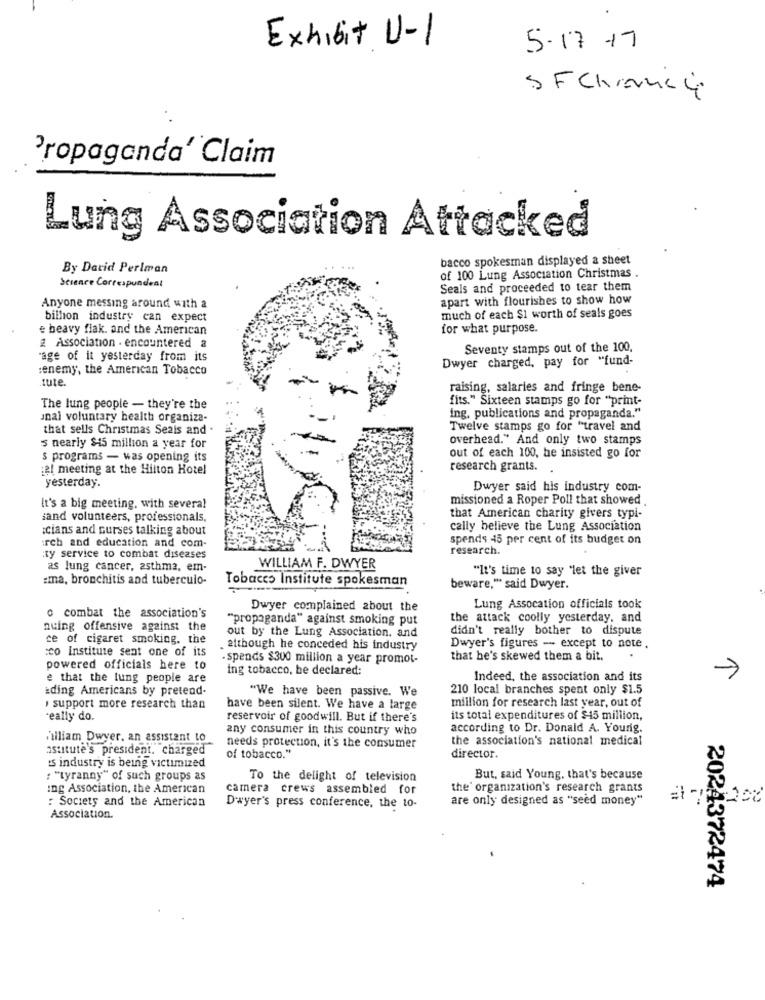
Exhibit U-1
5-17 17
SFChance
Propaganda' Claim
Lung Association Attacked
bacco spokesman displayed a sheet
By David Perlman
Science Correspondent
of 100 Lung Association Christmas .
Seals and proceeded to tear them
apart with flourishes to show how
Anyone messing around with a
bilhon industry can expect
much of each $1 worth of seals goes
e heavy flak. and the American
for what purpose.
2 Association . encountered a
Seventy stamps out of the 100.
"age of it yesterday from its
Dwyer charged, pay for "fund-
:enemy, the American Tobacco
tute.
raising, salaries and fringe bene-
fits." Sixteen stamps go for "print-
The lung people - they're the
Jnal voluntary health organiza-
ing, publications and propaganda."
that sells Christmas Seals and .
Twelve stamps go for "travel and
overhead." And only two stamps
s nearly $45 million a year for
s programs - was opening its
out of each 100, he insisted go for
:el meeting at the Hilton Hotel
research grants.
yesterday.
Dwyer said his industry com-
missioned a Roper Poll that showed
It's a big meeting, with several
iand volunteers, professionals,
that American charity givers typi-
Icians and curses talking about
cally believe the Lung Association
irch and education and com-
spends 45 per cent of its budget on
research.
ty service to combat diseases
as lung cancer, asthma, em-
WILLIAM F. DWYER
"It's time to say "let the giver
:ma, bronchitis and tuberculo-
Tobacco Institute spokesman
beware," said Dwyer.
Dwyer complained about the
Lung Assocation officials took
o combat the association's
"propaganda" against smoking put
the attack coolly yesterday, and
nuing offensive against the
out by the Lung Association. and
didn't really bother to dispute
ce of cigaret smoking, the
:co Institute sent one of its
. although he conceded his industry
Dwyer's figures - except to note.
- spends $300 million a year promot-
that he's skewed them a bit.
powered officials here to
ing tobacco, be declared:
->
e that the lung people are
Indeed, the association and its
iding Americans by pretend.
"We have been passive. We
210 local branches spent only $1.5
million for research last year, out of
, support more research than
have been silent. We have a large
really do.
reservoir of goodwill. But if there's
its total expenditures of $45 million,
any consumer in this country who
according to Dr. Donald A. Yourig.
William Dwyer. an assistant to
the association's national medical
astitute's president. charged
needs protection, it's the consumer
of tobacco."
's industry is being victimized
director.
: "tyranny" of such groups as
To the delight of television
But, said Young, that's because
ing Association, the American
camera crews assembled for
the' organization's research grants
: Society and the American
are only designed as "seed money"
Dwyer's press conference, the to-
Association.
2024372474